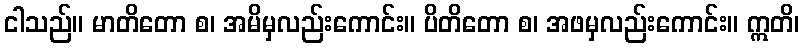
ငါသည်။ မာတိတော စ၊ အမိမှလည်းကောင်း။ ပိတိတော စ၊ အဖမှလည်းကောင်း။ ဣတိ၊